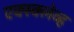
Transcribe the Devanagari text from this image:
एक्स्क्लेव्ह